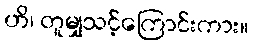
ဟိ၊ တူမျှသင့်ကြောင်းကား။